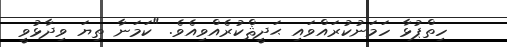
ހިތްޕުޅާ ހަމަނުކުރައްވައި ޙަދީޘްކުރެއްވިއެވެ. "ކަމަނާ ތިޔަ ވިދާޅުވީ